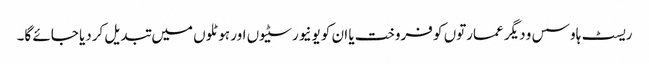
ریسٹ ہاوسس و دیگر عمارتوں کو فروخت یا ان کو یونیورسٹیوں اور ہوٹلوں میں تبدیل کردیا جائے گا۔